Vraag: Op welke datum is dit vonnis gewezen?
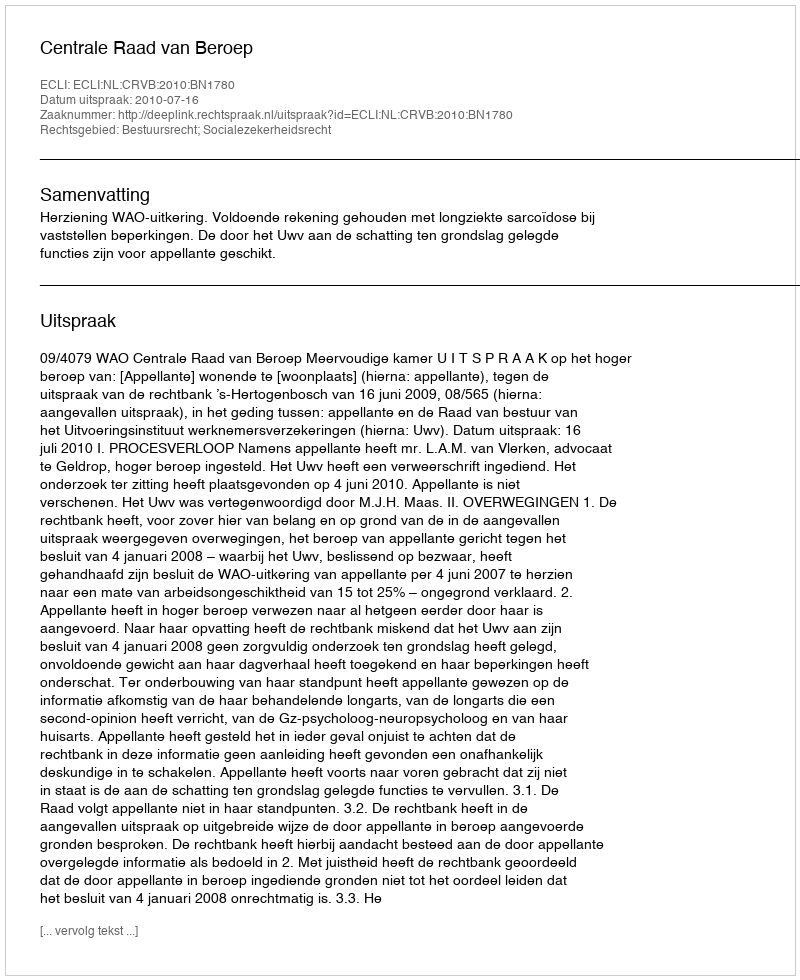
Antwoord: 2010-07-16